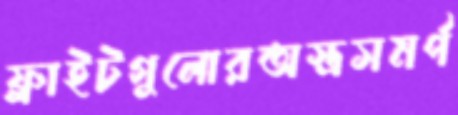
ফ্লাইটগুলোরঅস্ত্রসমর্প